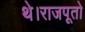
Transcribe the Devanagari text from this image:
थे।राजपूतो